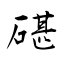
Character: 碪